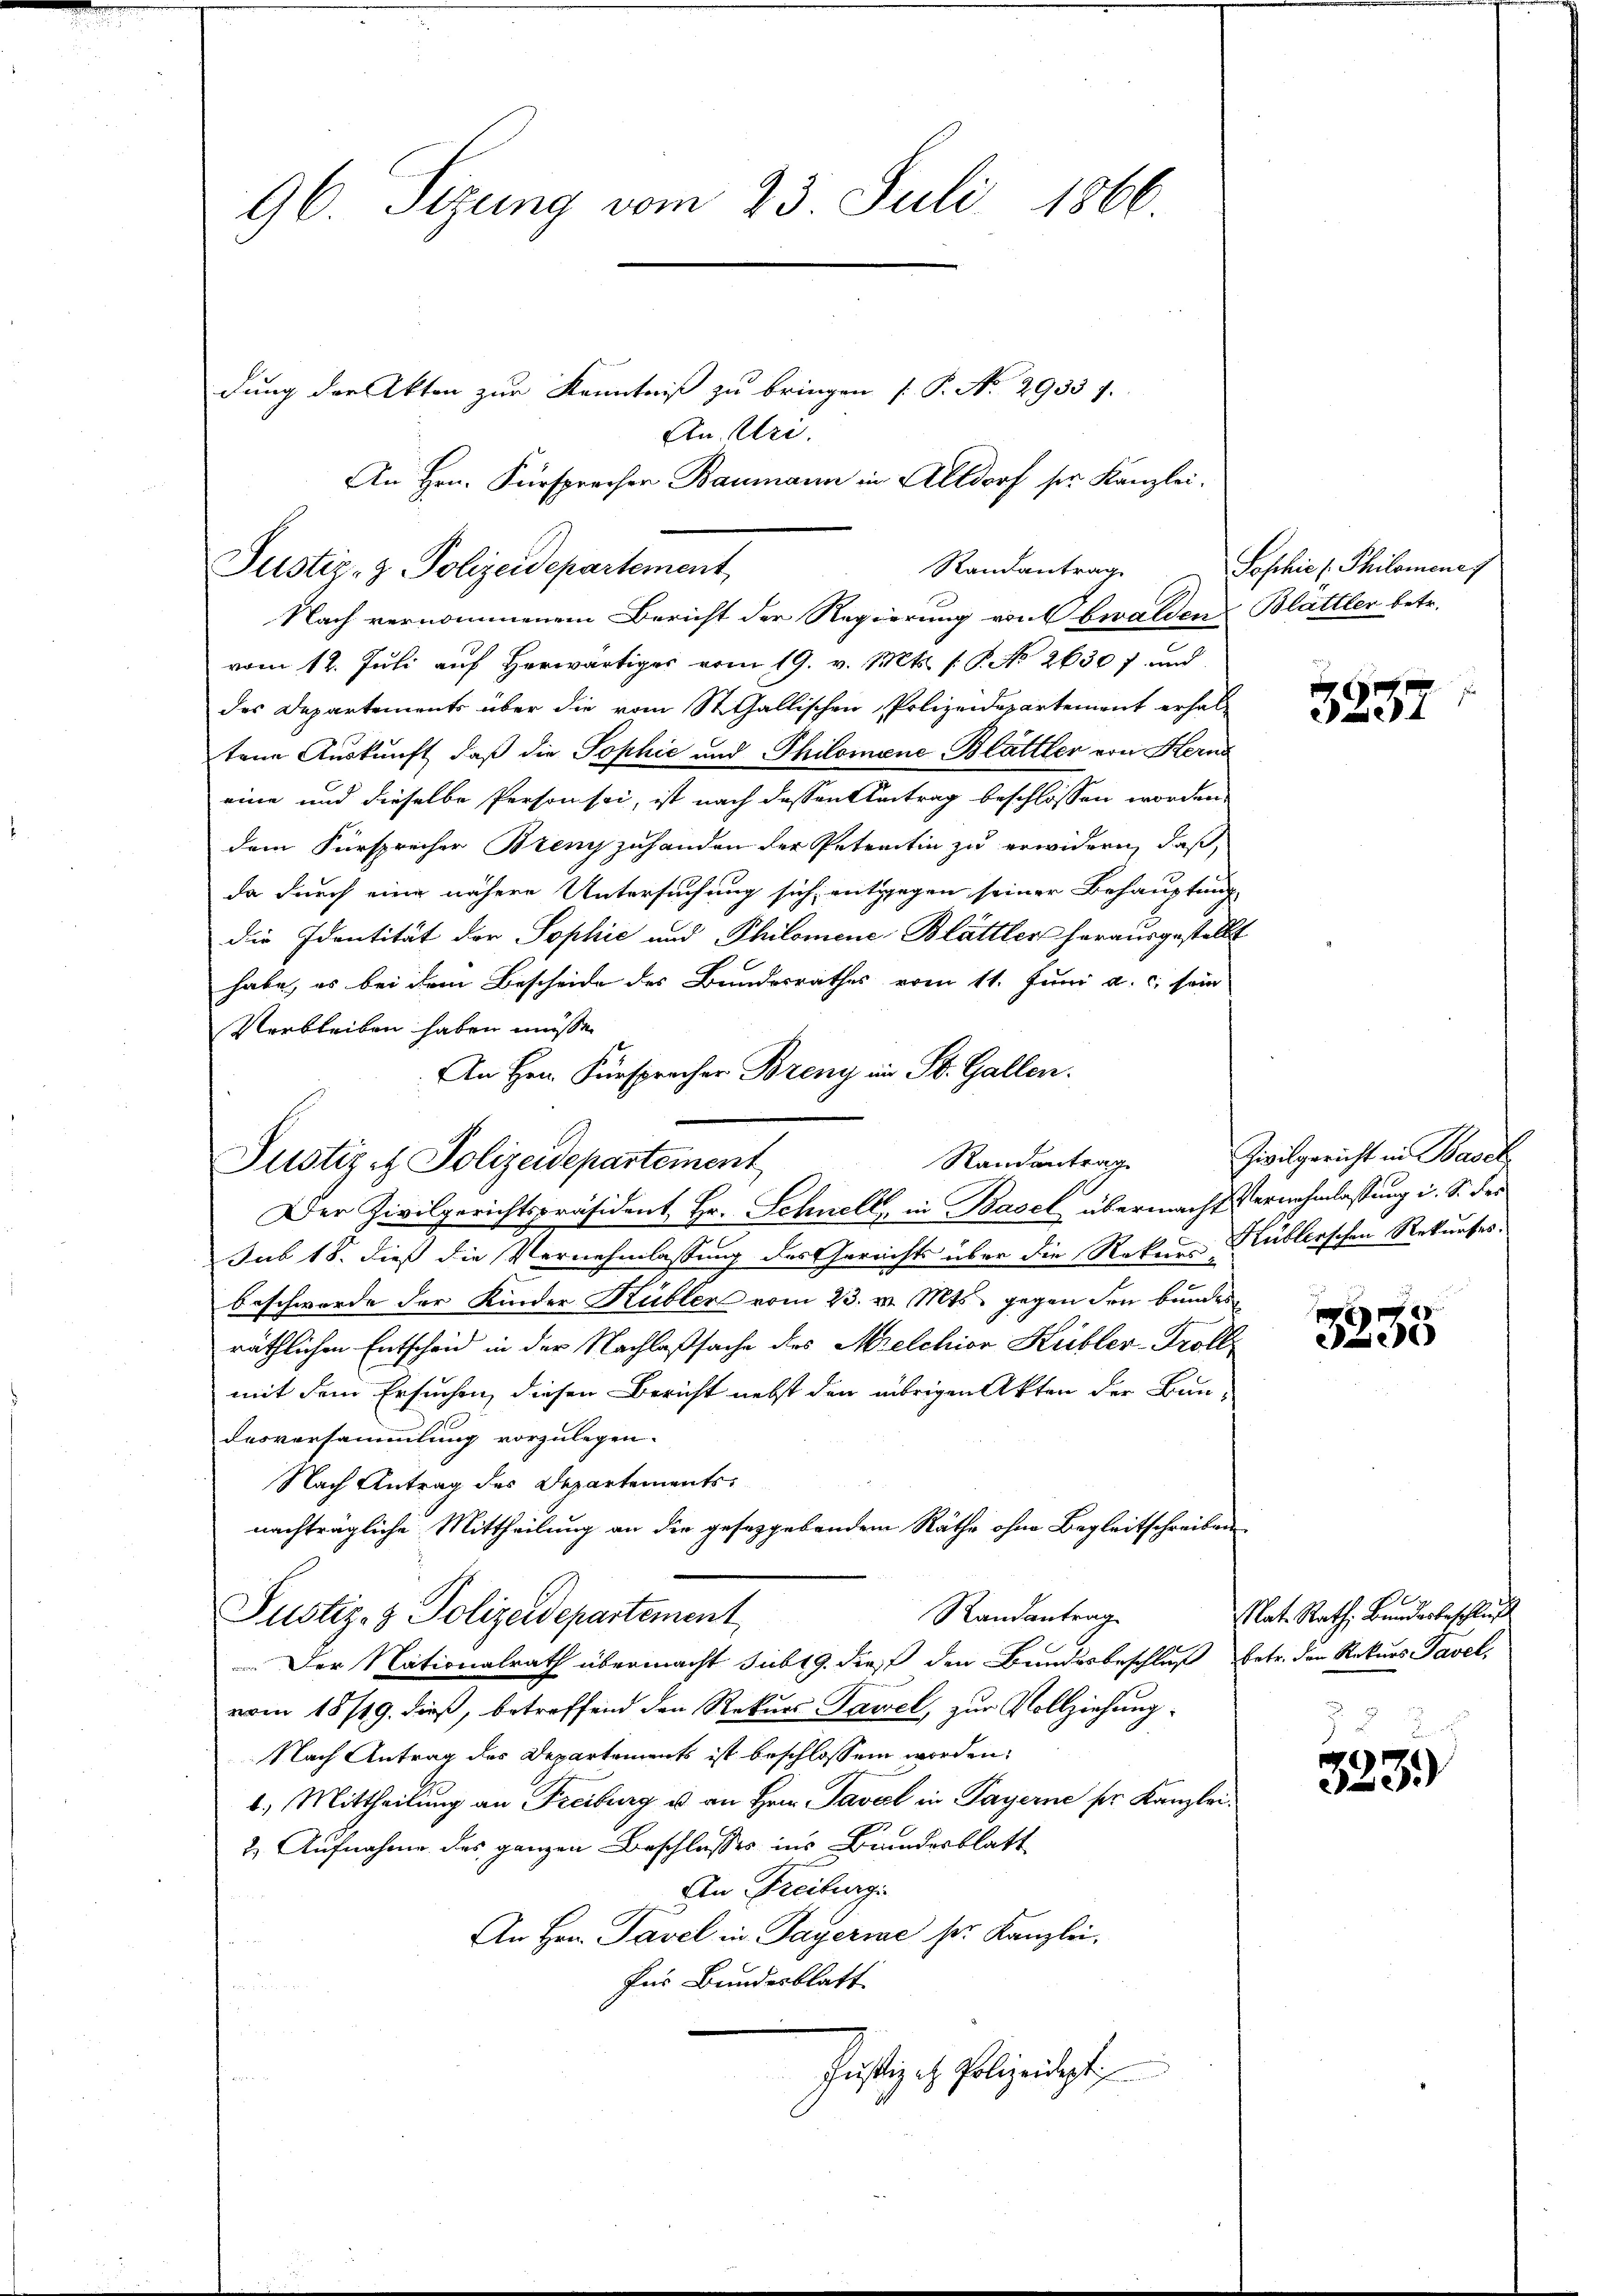
96. Sizung vom 23. Juli 1866.

Randantrag
Justiz- & Polizeidepartement

Justiz & Polizeidepartement Randantrag

dung der Akten zur Kenntniß zu bringen [P. No 2933 f.
An. Uri.
An Hrn. Fürsprecher Baumann in Altdorf ser Kanzlei¬

Nach vernommenem Bericht der Regierung von Obwalden Blättler betr.
vom 12. Juli auf herwärtiger vom 19. v. Mts. f. P. No 2630 f. und
des Departements über die vom St. Gallischen Polizeidepartement erhaltene Auskunft, daß die Sophie und Philomene Blättler von Herna
eine und dieselbe Person sei, ist nach dessen Antrag beschlossen worden,
dem Fürsprecher Brenz zuhanden der Petreitin zu erwidern, daß,
da durch eine nähere Untersuchung sich entgegen seiner Behauptung
die Identität der Sophić und Philomene Blättler herausgestellt
habe, es bei dem Bescheide des Bundesrathes vom 11. Juni a. c. sein
Verbleiben haben müsse.
An Hrn. Fürsprecher Breny in St. Gallen.
Der Zivilgerichtspräsident Hr. Schnell, in Basel übermacht ernehmlassung i. S. des
Sub 15. dieß die Vernehmlassung des Gerichts über die Raken Küblerschen Rekurses.
beschwerde der Kinder Kübler vom 23. v. Mts. gegen den Bundes
räthlichen Entscheid in der Nachlaßsache des Melchior Kübler-Troll
mit dem Ersuchen, diesen Bericht nebst den übrigen Akten der Bun-
desversammlung vorzulegen.
Nach Antrag des Departementsnachträgliche Mittheilung an die gesetzgebendem Räthe ohne Begleitschreiben
Randantrag
Justiz- & Polizeidepartement
 Der Nationalrath übermacht sub 19. dieß den Bundesbeschluß betr. der Rekurs Tavel,
vom 18/19. dieß, betreffend den Rekurs Tavel, zur Vollziehung
Nach Antrag des Departements ist beschlossen worden.
1. Mittheilung an Freiburg u an Hrn. Tavel in Payerne pr. Kanzlei¬
2) Aufnahme des ganzen Beschlusses ins Bundesblatt
An Freibergi
An Hrn. Tavel in Payerie sr. Kanzlei.
für Bundesblatt
Christig er Polizeidigt

Soschie l. Philomene

Zivilgericht in Basel

3237

3355

Nat. Rath, Bundesbeschluß

323)